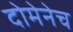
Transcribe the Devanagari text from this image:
दोमेनेच